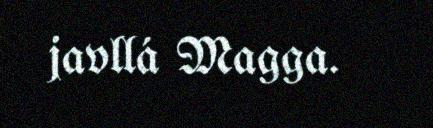
javllá Magga.